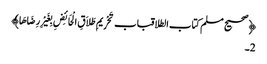
﴿صحیح مسلم کتاب الطلاقباب تَحْرِیمِ طَلاَقِ الْحَائِضِ بِغَیْرِ رِضَاهَا﴾
2۔